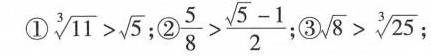
① (\sqrt{11})^3 >\sqrt5 ②\frac{5}{8}>\frac{\sqrt5-1}{2}; ③\sqrt8>(\sqrt25)^3;